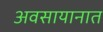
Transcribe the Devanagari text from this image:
अवसायानात